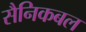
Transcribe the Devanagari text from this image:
सैनिकबल